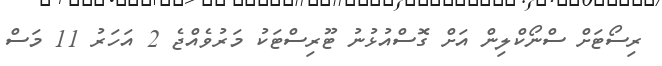
ރިސޯޓަށް ސްނޯކްލިން އަށް ގޮސްއުޅުނު ޓޫރިސްޓަކު މަރުވެއްޖެ 2 އަހަރު 11 މަސް